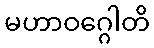
မဟာဝဂ္ဂေါတိ